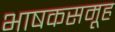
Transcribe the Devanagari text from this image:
भाषकसमूह